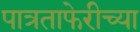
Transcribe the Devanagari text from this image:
पात्रताफेरीच्या